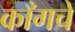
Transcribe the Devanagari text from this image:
काँगचे